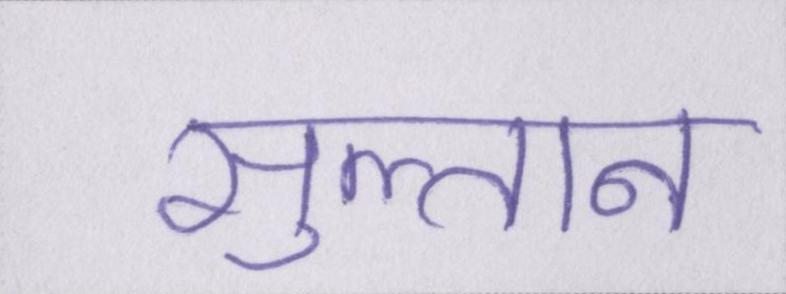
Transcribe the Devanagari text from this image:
सुल्तान